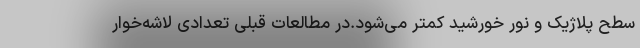
سطح پلاژیک و نور خورشید کمتر می‌شود.در مطالعات قبلی تعدادی لاشه‌خوار